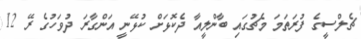
ޗެލްސީގެ ފުރަތަމަ މެޗުގައި ބާންލީއާ ދެކޮޅަށް ކުޅޭނީ އަންގާރަ ދުވަހުގެ ރޭ 12